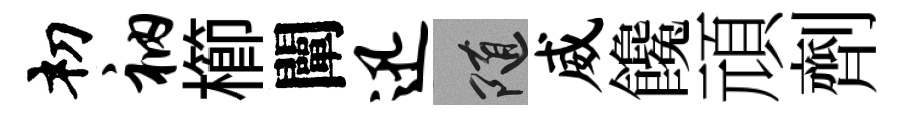
𥘉衲櫛闡迅隨威饞頑劑